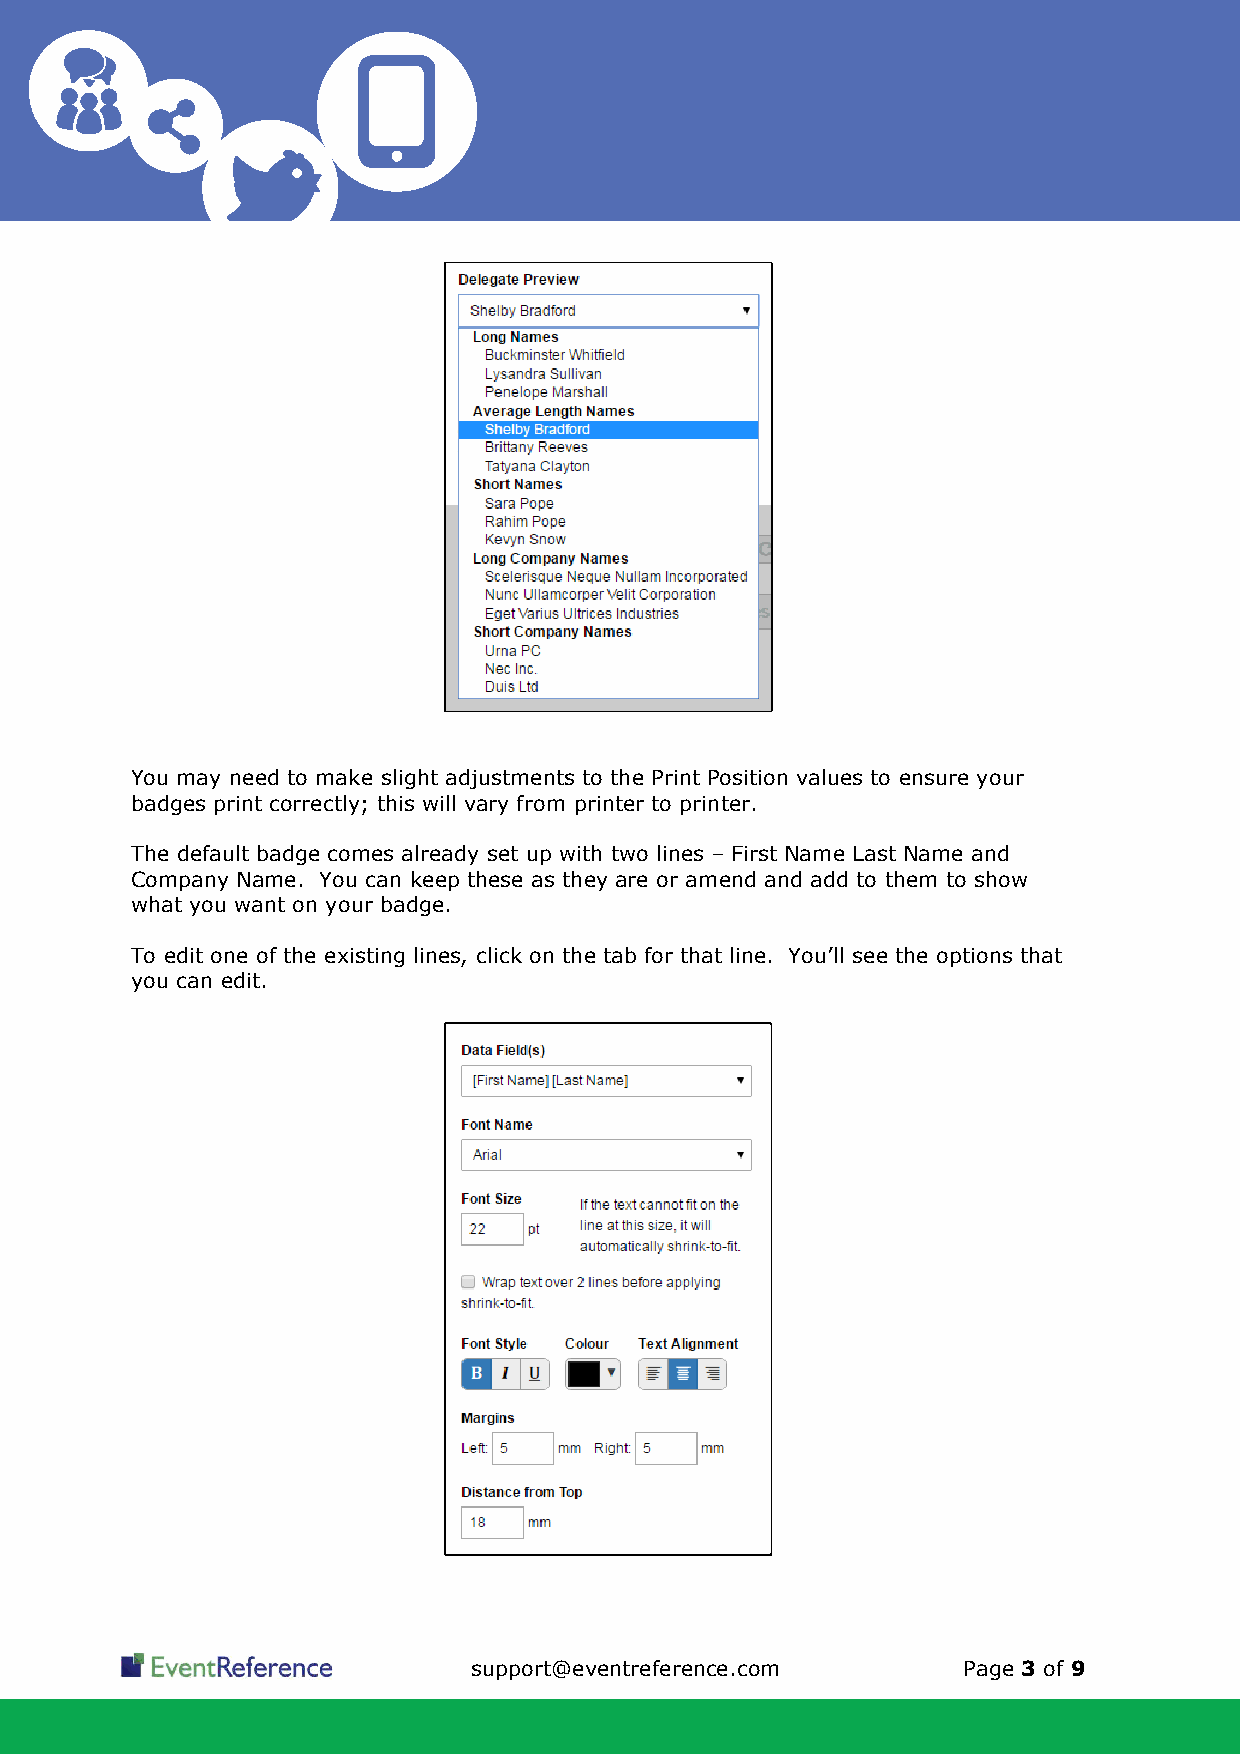
You may need to make slight adjustments to the Print Position values to ensure your
 badges print correctly; this will vary from printer to printer.
 The default badge comes already set up with two lines – First Name Last Name and
 Company Name. You can keep these as they are or amend and add to them to show
 what you want on your badge.
 To edit one of the existing lines, click on the tab for that line. You’ll see the options that
 you can edit.
 support@eventreference.com       Page 3 of 9